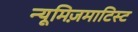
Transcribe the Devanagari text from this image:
न्यूमिज़माटिस्ट